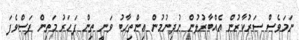
ނަމަވެސް ސަރުކާރުން އެއްބާރުލުން ނުދިނުމުން އިންތިހާބު ވަނީ ތިން ފަހަރު މަތިން ފަސްވެފަ